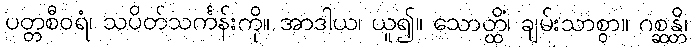
ပတ္တစီဝရံ၊ သပိတ်သင်္ကန်းကို။ အာဒါယ၊ ယူ၍။ သောတ္ထိံ၊ ချမ်းသာစွာ။ ဂစ္ဆန္တိ၊